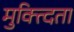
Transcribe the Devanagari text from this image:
मुक्त्दिता